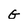
Character: G